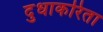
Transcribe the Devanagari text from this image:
दुधाकरिता